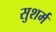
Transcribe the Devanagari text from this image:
सुशर्म